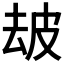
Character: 𤿜